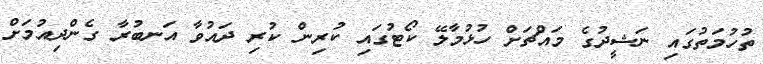
ތުހުމަތުގައި ނަޝީދުގެ މައްޗަށް ހުޅުމާލޭ ކޯޓުގައި ކުރިން ކުރި ދައުވާ އަނބުރާ ގެންދިއުމަށް